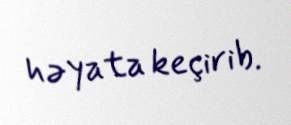
həyata keçirib.